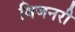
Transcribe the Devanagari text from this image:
विजनरी